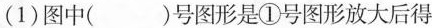
(1)图中( )号图形是①号图形放大后得